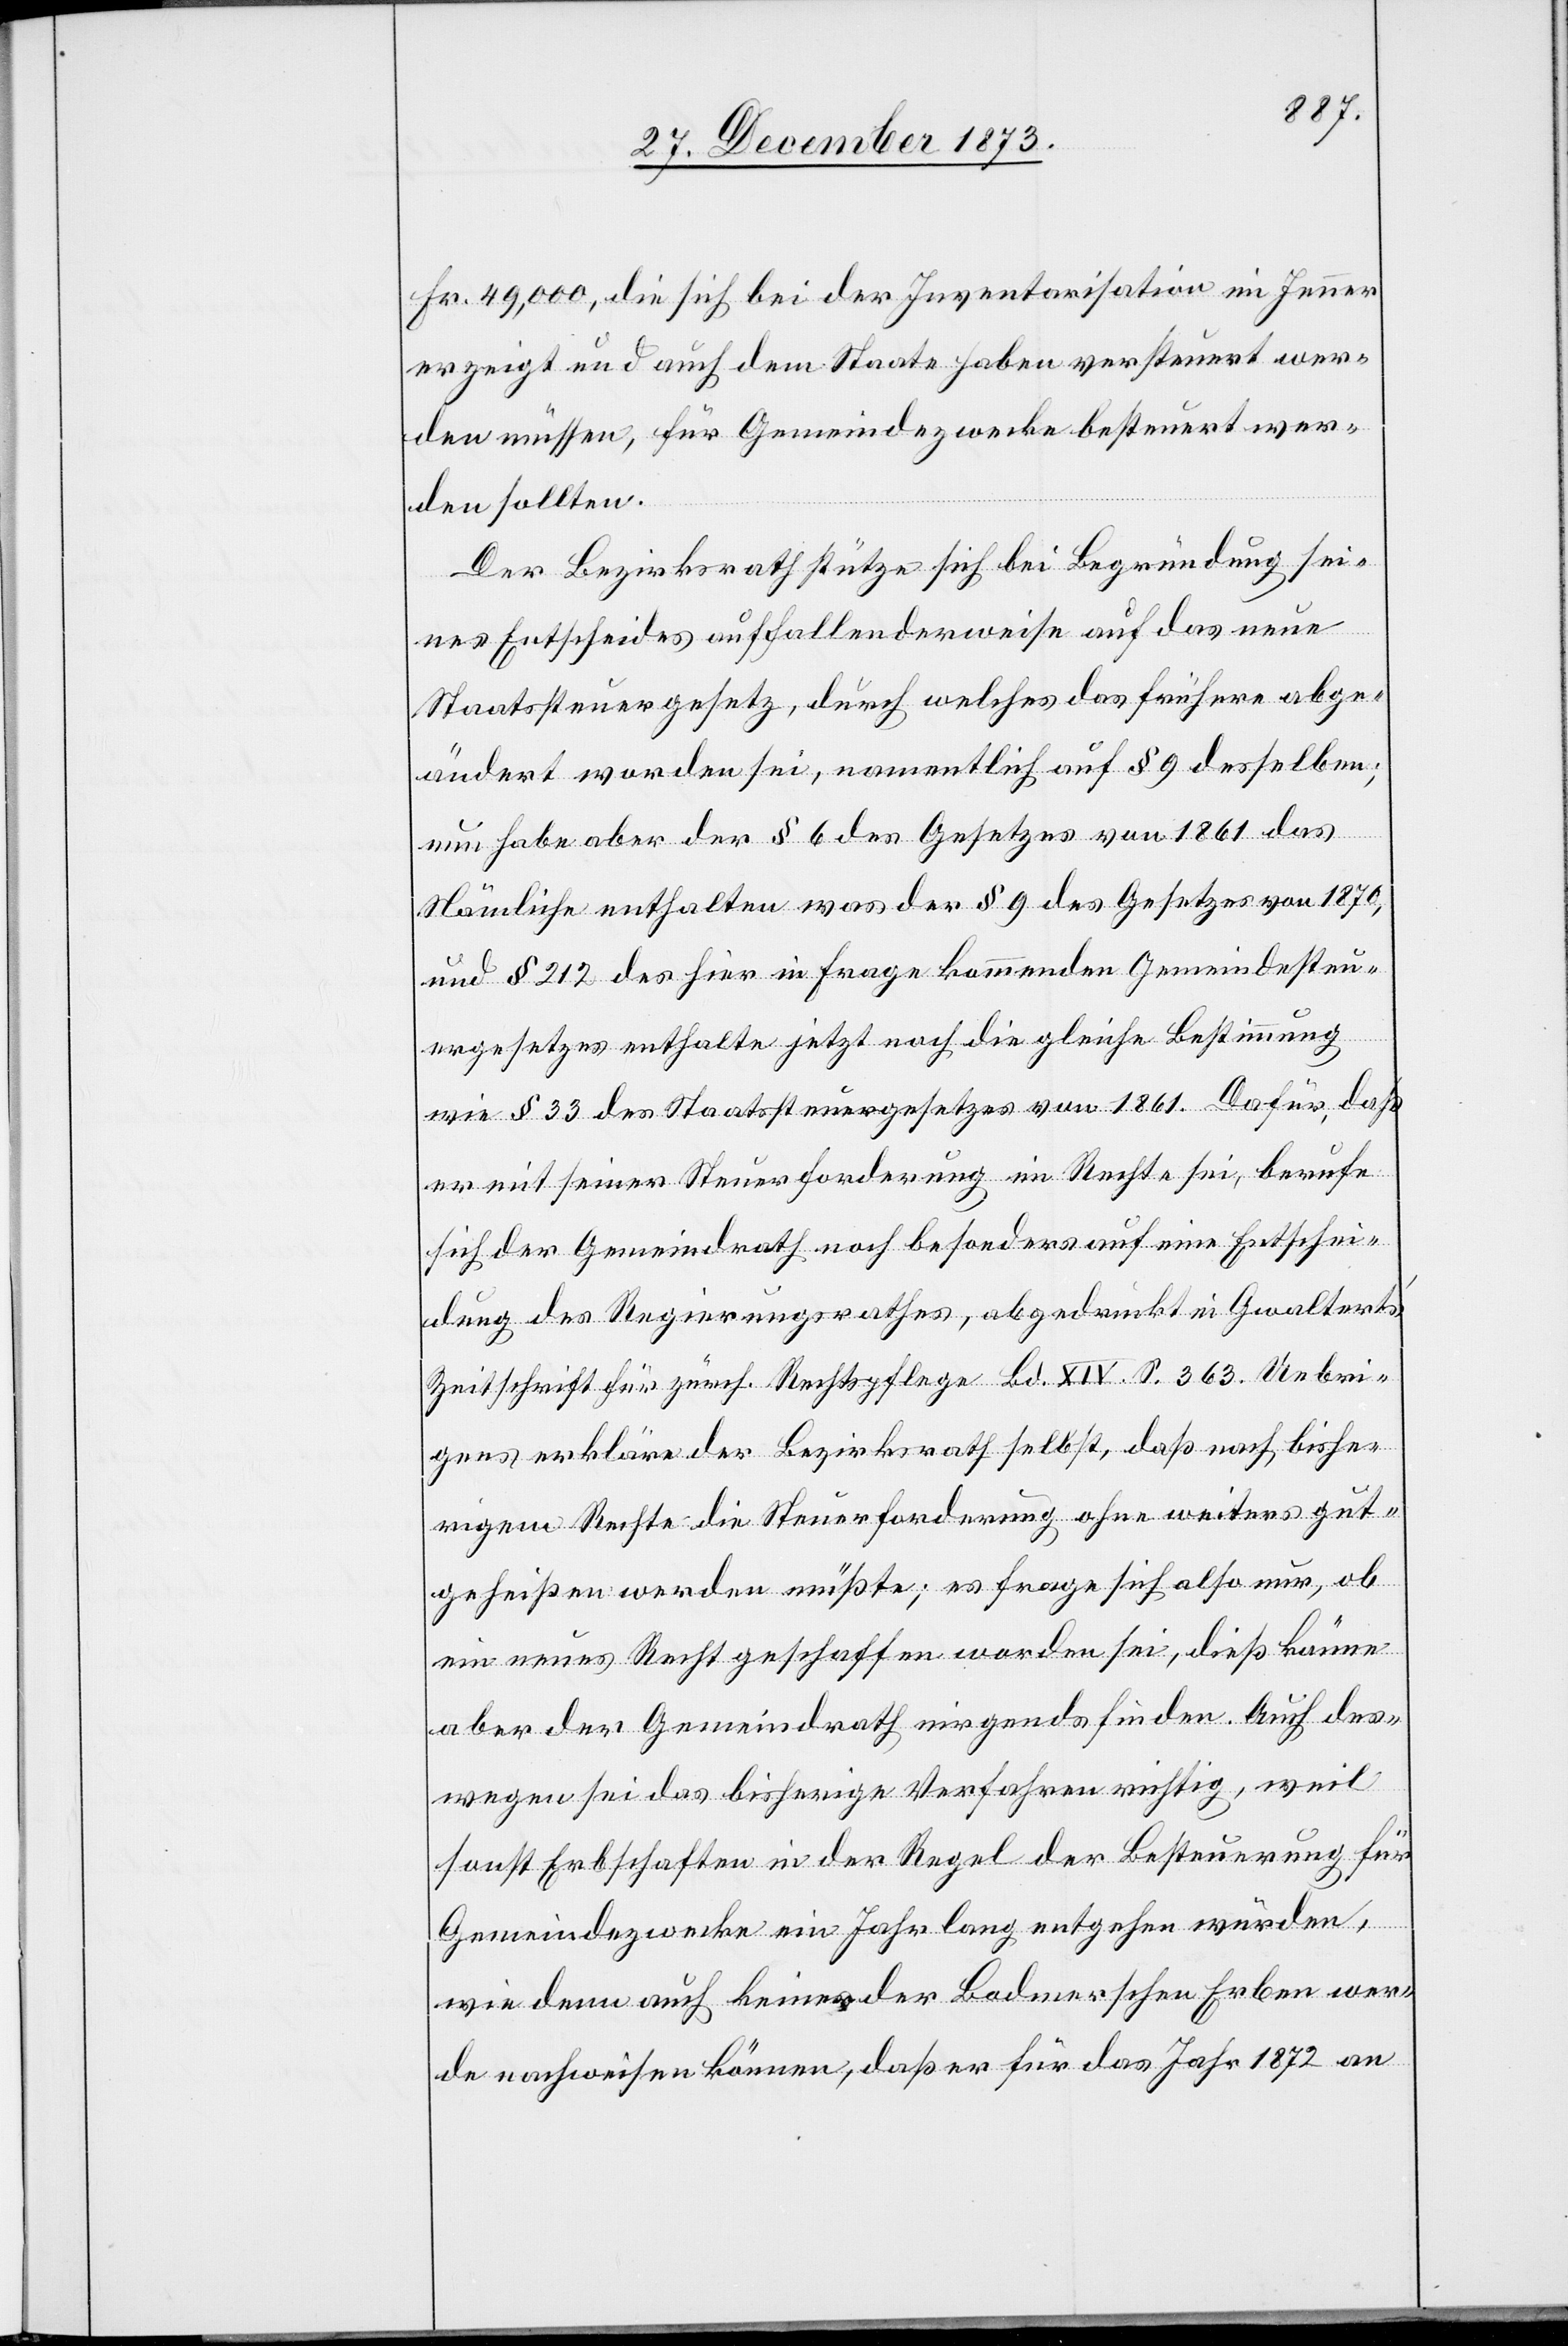
Fr. 49,000, die sich bei der Inventarisation im Jenner
erzeigt und auch dem Staate haben versteuert wer¬
den müssen, für Gemeindezwecke besteuert wer¬
den sollten.
Der Bezirksrath stütze sich bei Begründung sei¬
nes Entscheides auffallenderweise auf das neue
Staatssteuergesetz, durch welches das frühere abge¬
ändert worden sei, namentlich auf § 9 desselben;
nun habe aber der § 6 des Gesetzes von 1861 das
Nämliche enthalten was der § 9 des Gesetzes von 1870,
und § 212 des hier in Frage kommenden Gemeindesteu¬
ergesetzes enthalte jetzt noch die gleiche Bestimmung
wie § 33 des Staatssteuergesetzes von 1861. Dafür, daß
er mit seiner Steuerforderung im Rechte sei, berufe
sich der Gemeindrath noch besonders auf eine Entschei¬
dung des Regierungsrathes, abgedruckt in Gwaltert’s
Zeitschrift für zürch. Rechtspflege Bd. XIV. S. 363. Uebri¬
gens erkläre der Bezirksrath selbst, daß nach bishe¬
rigem Rechte die Steuerforderung ohne weiters gut¬
geheißen werden müßte; es frage sich also nur, ob
ein neues Recht geschaffen worden sei, dieß könne
aber der Gemeindrath nirgends finden. Auch des¬
wegen sei das bisherige Verfahren richtig, weil
sonst Erbschaften in der Regel der Besteuerung für
Gemeindezwecke ein Jahr lang entgehen würden,
wie denn auch keiner der Bodmerschen Erben wer¬
de nachweisen können, daß er für das Jahr 1872 an